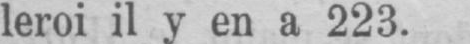
leroi il y en a 223.